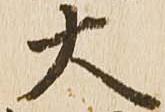
大